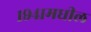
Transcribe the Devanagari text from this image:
१९४१मधील